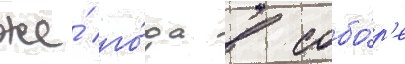
же́ го́да в собо́р'е